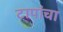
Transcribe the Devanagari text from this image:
टापांचा